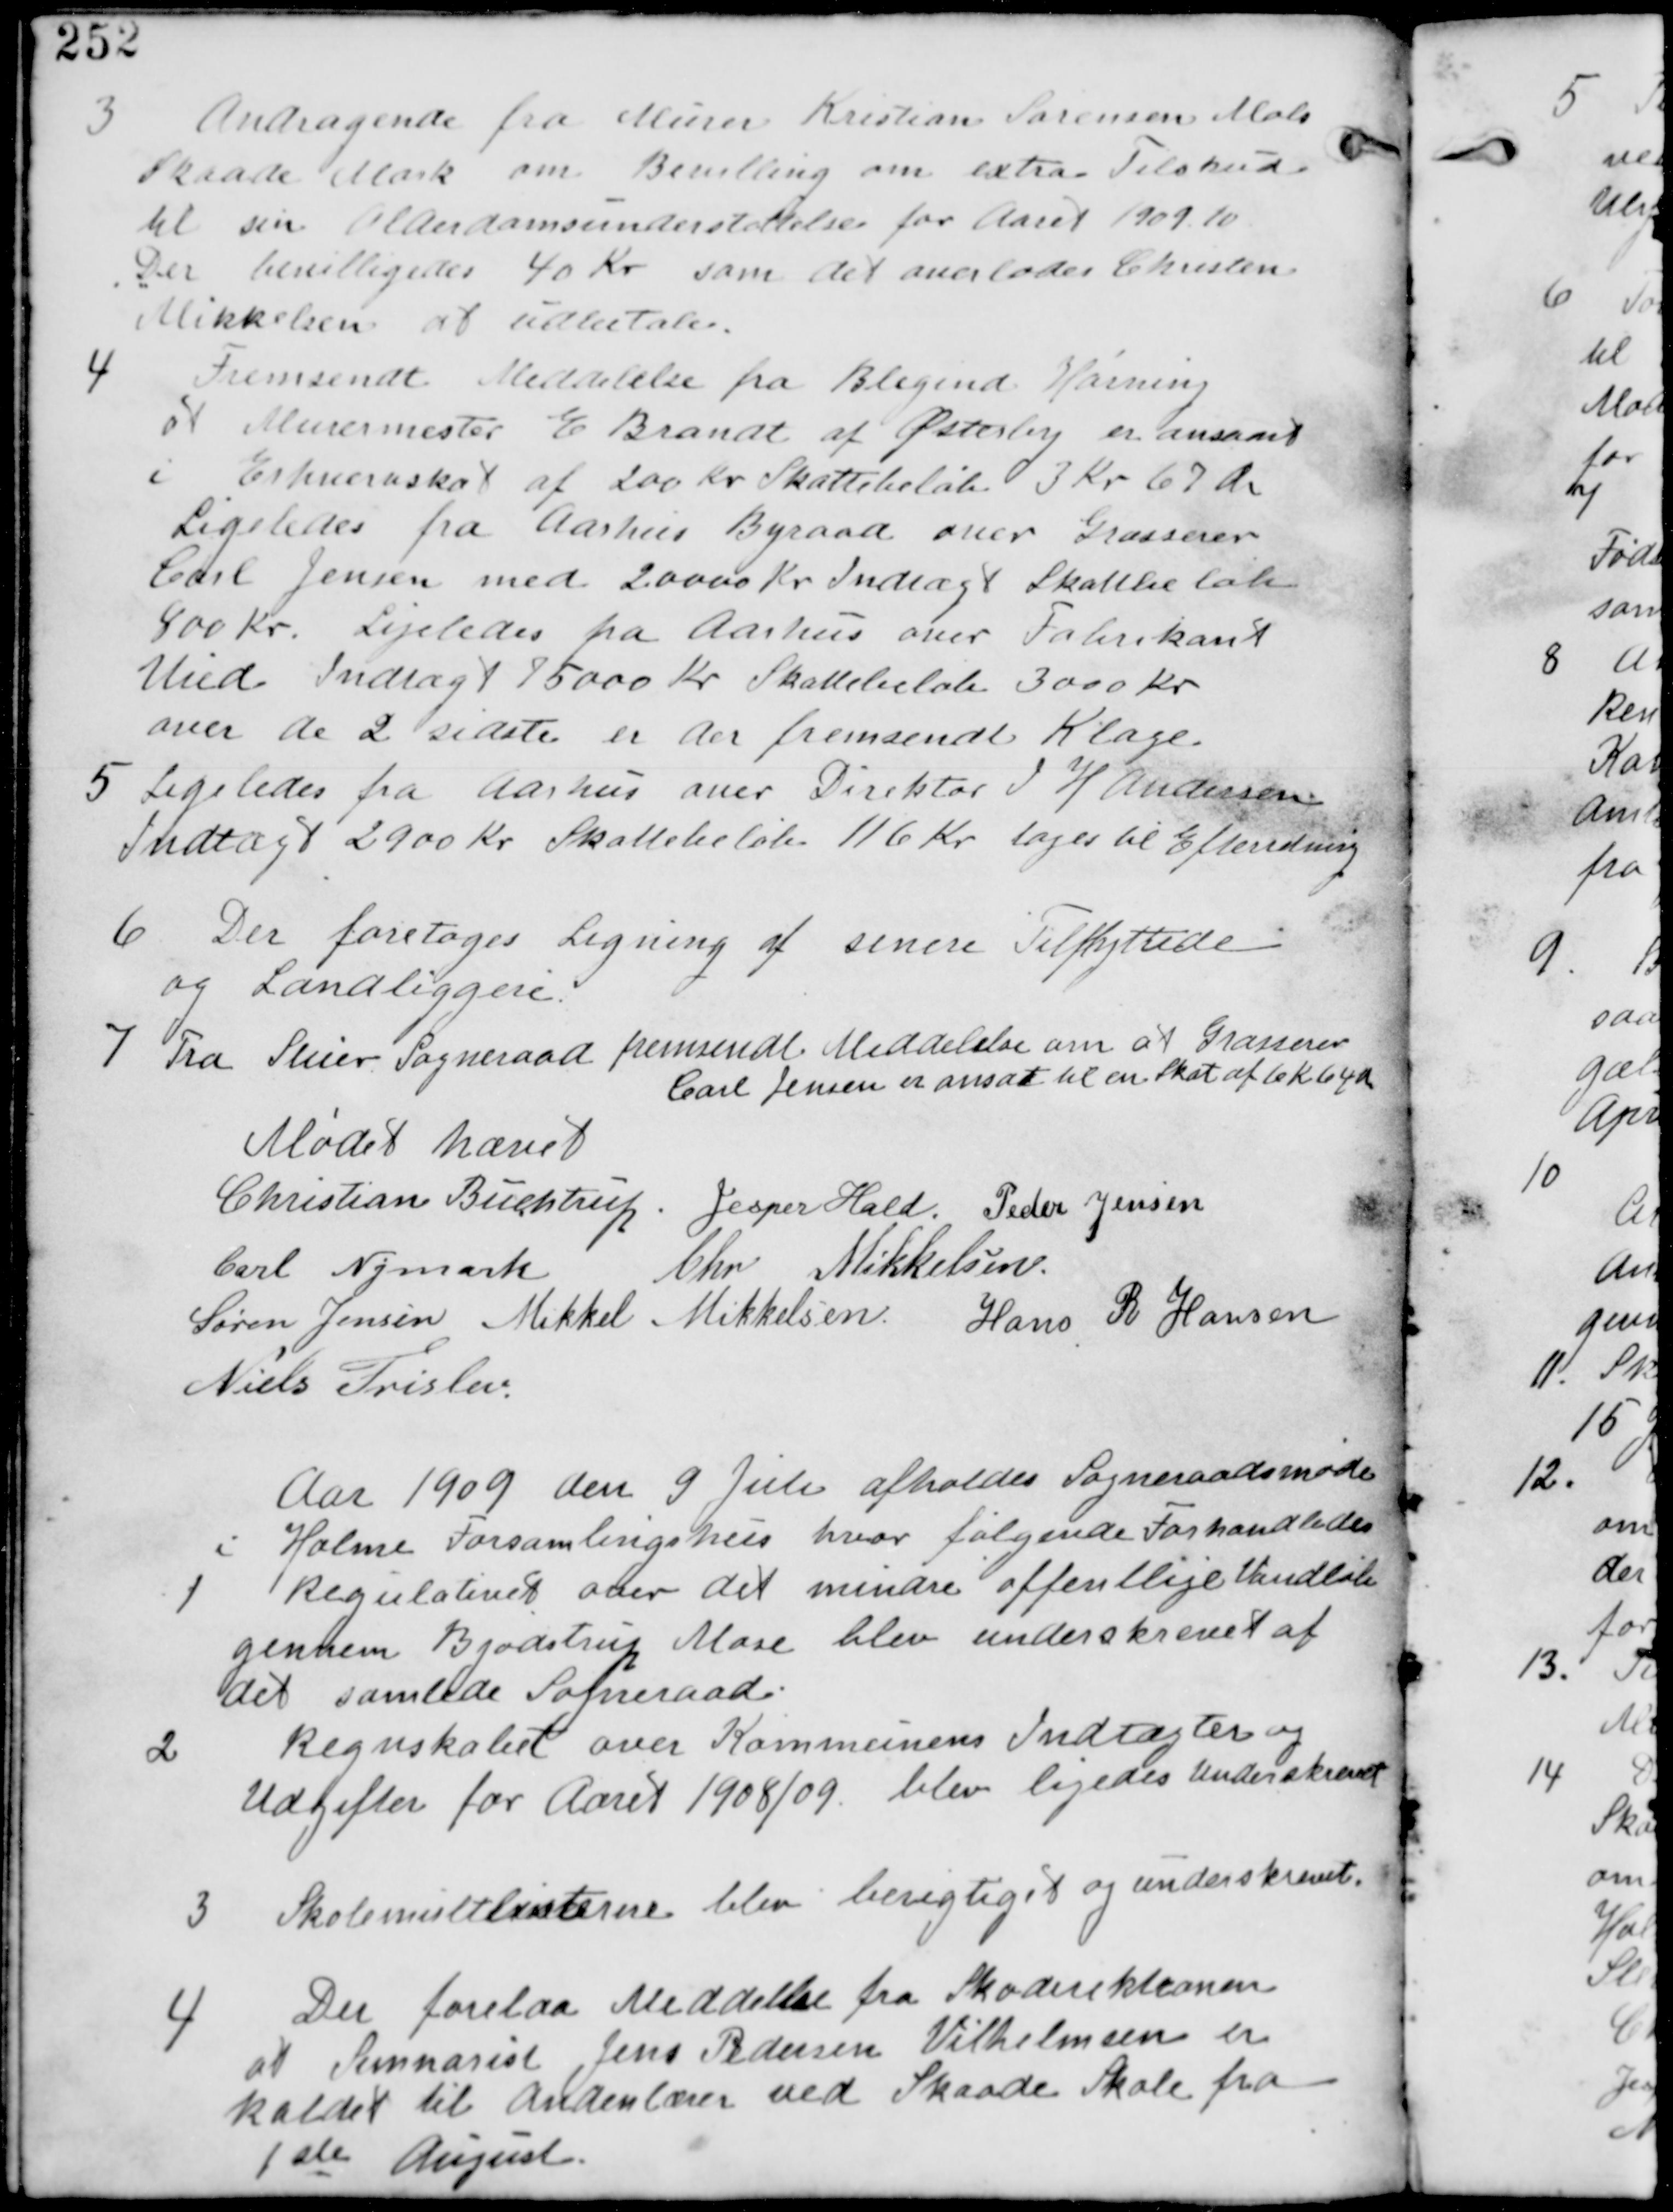
Transskription:
3 Andragende fra Murer Kristian Sørensen Mols
Skaade Mark om Bevilling om extra Tilskud
til sin Alderdomsunderstøttelse for Aaret 1909-10
Der bevilliges 40 Kr som det overlades Christen
Mikkelsen at udbetale

4
Fremsendt Meddelelse fra Blegind Hørning
at Murermester E Brandt af Østerby er ansat
i Erhvervskat af 200 Kr Skattebeløb 3 Kr 67 Øre.
Legeledes fra Aarhus Byraad over Grosserer
Carl Jensen med 20000 Kr Indtægt Skattebeløb
800 Kr. Ligeledes fra Aarhus over Fabrikant
Vied Indtægt 775000 Kr Skattebeløb 3000 Kr
over de 2 sidste er der fremsendt Klage.

5 Ligeledes fra Aarhus over Direktør H Andersen
Indtægt 2900 Kr Skattebeløb 116 Kr tages til Efterretning.

6 Der foretages Ligning af senere Tilflyttere
og Landliggere.

7 Fra Struer Sogneraad fremsendt Meddelelse om at Grosserer
Carl Jensen er anssat til Skat af 6 K 64 Øre

Mødet hævet
Christian Buchtrup. Jesper Hald. Peder Jensen
Carl Nymark Chr Mikkelsen
Søren Jensen Mikkel Mikkelsen Hans R Hansen
Niels Frislev

Aar 1909 den 9 Juli afholdes Sogneraadsmøde
i Holme Forsamlingshus hvor følgende Forhandledes

1
Regulativet over det mindre offentlige Vandløb
gennem Bjødstrup Mose blev underskrevet af
det samlede Sogneraad.

2
Regnskabet over Kommunens Indtægter og
Udgifter for Aaret 1908/09 blev ligeledes Underskrevet

3 Skolemultlisterne blev berigtiget og underskrevet.

4
Der forelaa Meddelelse fra Skodirektionen
at Seminarist Jens Pedersen Vilhelmsen er
kaldt til Andenlærer ved Skaade Skole fra
1ste August.